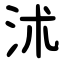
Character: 沭